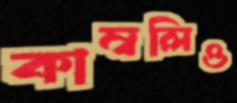
কাম্বলিও